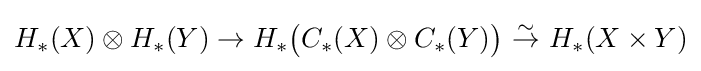
H_{*}(X)\otimes H_{*}(Y)\to H_{*}{\big (}C_{*}(X)\otimes C_{*}(Y){\big )}\ {\overset {\sim }{\to }}\ H_{*}(X\times Y)